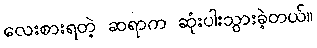
လေးစားရတဲ့ ဆရာက ဆုံးပါးသွားခဲ့တယ်။